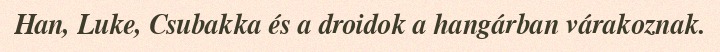
Han, Luke, Csubakka és a droidok a hangárban várakoznak.